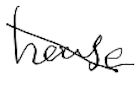
Text: house
Cross-out: diagonal
Writing tool: digital_black